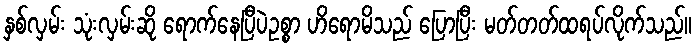
နှစ်လှမ်း သုံးလှမ်းဆို ရောက်နေပြီပဲဥစ္စာ ဟိရောမိသည် ပြောပြီး မတ်တတ်ထရပ်လိုက်သည်။